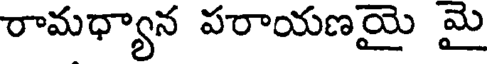
రామధ్యాన పరాయణయై మై